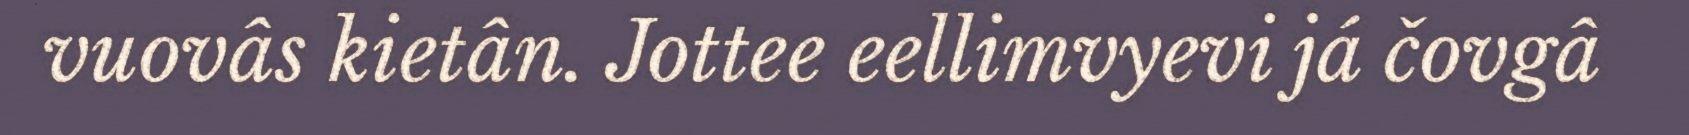
vuovâs kietân. Jottee eellimvyevi já čovgâ